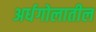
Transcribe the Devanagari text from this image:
अर्धगोलातील